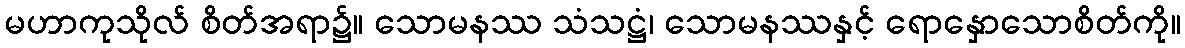
မဟာကုသိုလ် စိတ်အရာ၌။ သောမနဿ သံသဋ္ဌံ၊ သောမနဿနှင့် ရောနှောသောစိတ်ကို။